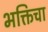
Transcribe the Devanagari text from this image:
भक्तिचा